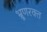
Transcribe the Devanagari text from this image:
भ्रूणरक्त